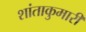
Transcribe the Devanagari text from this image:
शांताकुमारी